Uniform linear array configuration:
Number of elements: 16
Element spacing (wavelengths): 0.5
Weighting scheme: hann
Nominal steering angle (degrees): -30
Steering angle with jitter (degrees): -30.842
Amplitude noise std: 0.05
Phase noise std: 0.05

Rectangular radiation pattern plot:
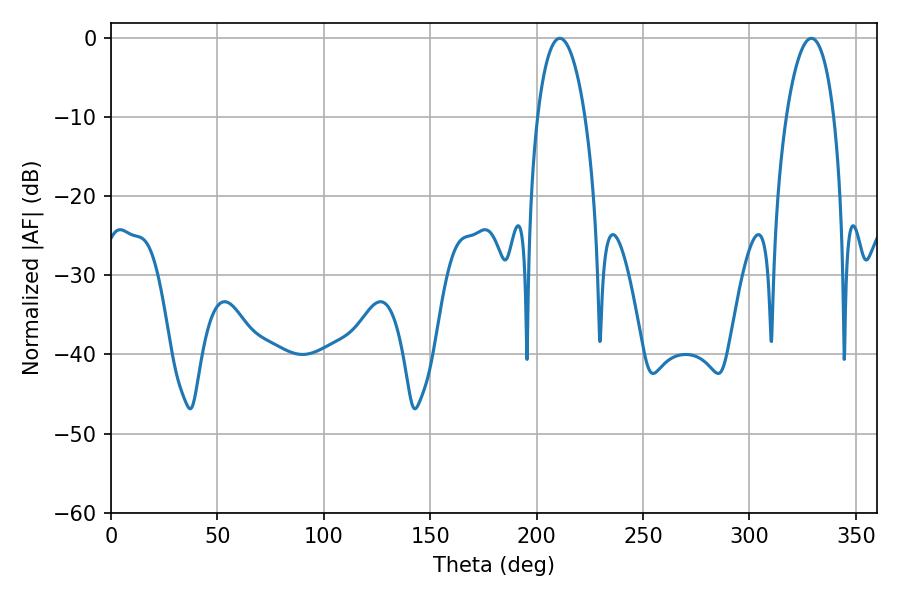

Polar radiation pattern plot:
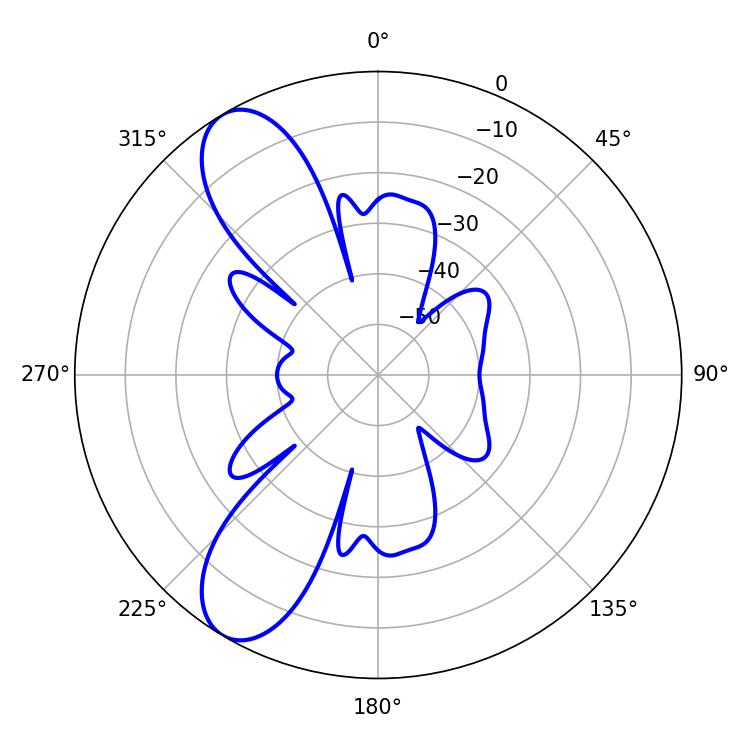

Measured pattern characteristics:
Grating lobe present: FALSE
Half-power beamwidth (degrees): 12.6
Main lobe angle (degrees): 210.96